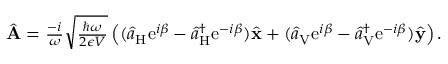
\begin{array} { r } { \hat { \bf A } = \frac { - i } { \omega } \sqrt { \frac { \hbar \omega } { 2 \epsilon V } } \left( ( \hat { a } _ { \mathrm { H } } \mathrm { e } ^ { i \beta } - \hat { a } _ { \mathrm { H } } ^ { \dagger } \mathrm { e } ^ { - i \beta } ) \hat { \bf x } + ( \hat { a } _ { \mathrm { V } } \mathrm { e } ^ { i \beta } - \hat { a } _ { \mathrm { V } } ^ { \dagger } \mathrm { e } ^ { - i \beta } ) \hat { \bf y } \right) . } \end{array}